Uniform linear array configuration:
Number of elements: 32
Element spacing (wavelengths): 0.75
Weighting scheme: hann
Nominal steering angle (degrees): -15
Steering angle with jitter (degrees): -14.833
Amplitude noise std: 0.05
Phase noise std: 0.05

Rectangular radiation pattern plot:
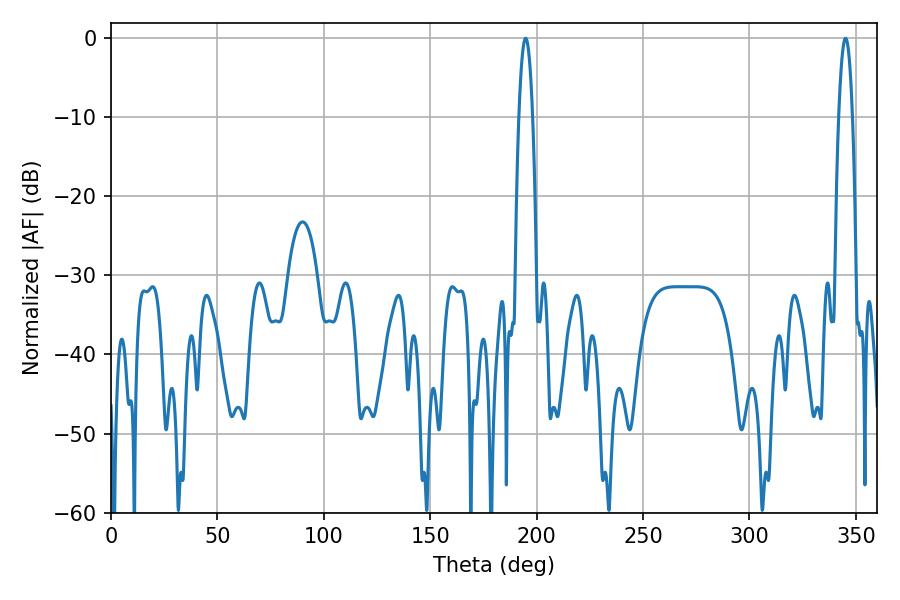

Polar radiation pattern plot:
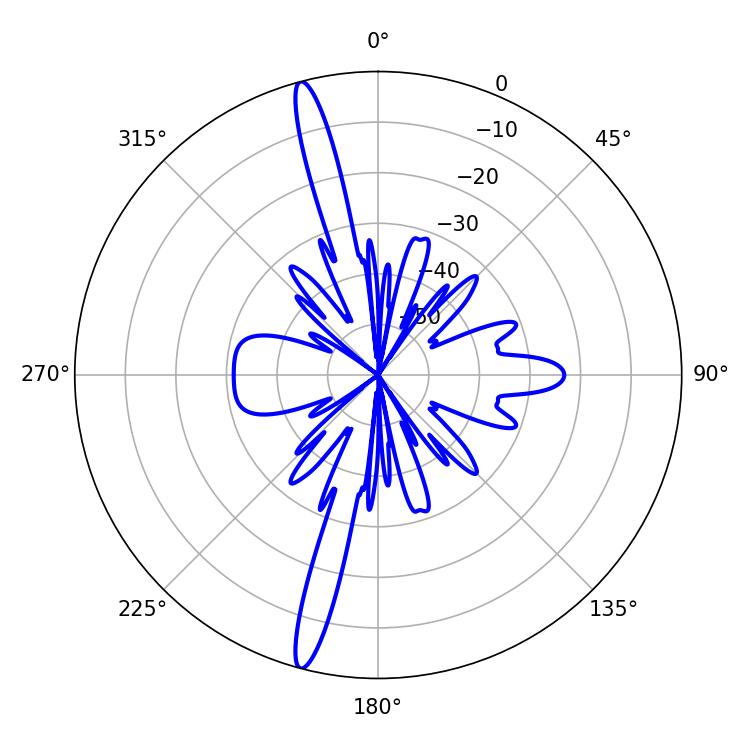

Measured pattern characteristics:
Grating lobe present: TRUE
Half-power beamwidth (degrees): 3.42
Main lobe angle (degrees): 194.76